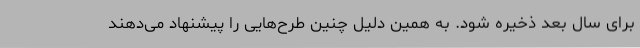
برای سال بعد ذخیره شود. به همین دلیل چنین طرح‌هایی را پیشنهاد می‌دهند